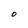
Character: O